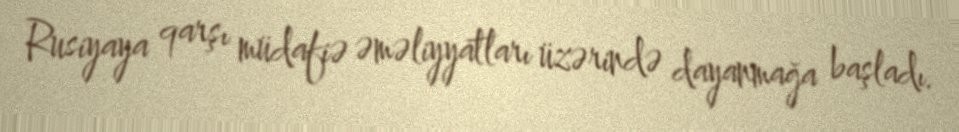
Rusiyaya qarşı müdafiə əməliyyatları üzərində dayanmağa başladı.